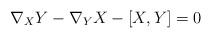
LaTeX: \begin{align*} \nabla_{X}Y-\nabla_Y X -[X,Y]=0\end{align*}